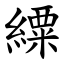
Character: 䌚